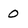
Character: 0